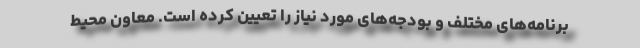
برنامه‌های مختلف و بودجه‌های مورد نیاز را تعیین کرده است. معاون محیط‌